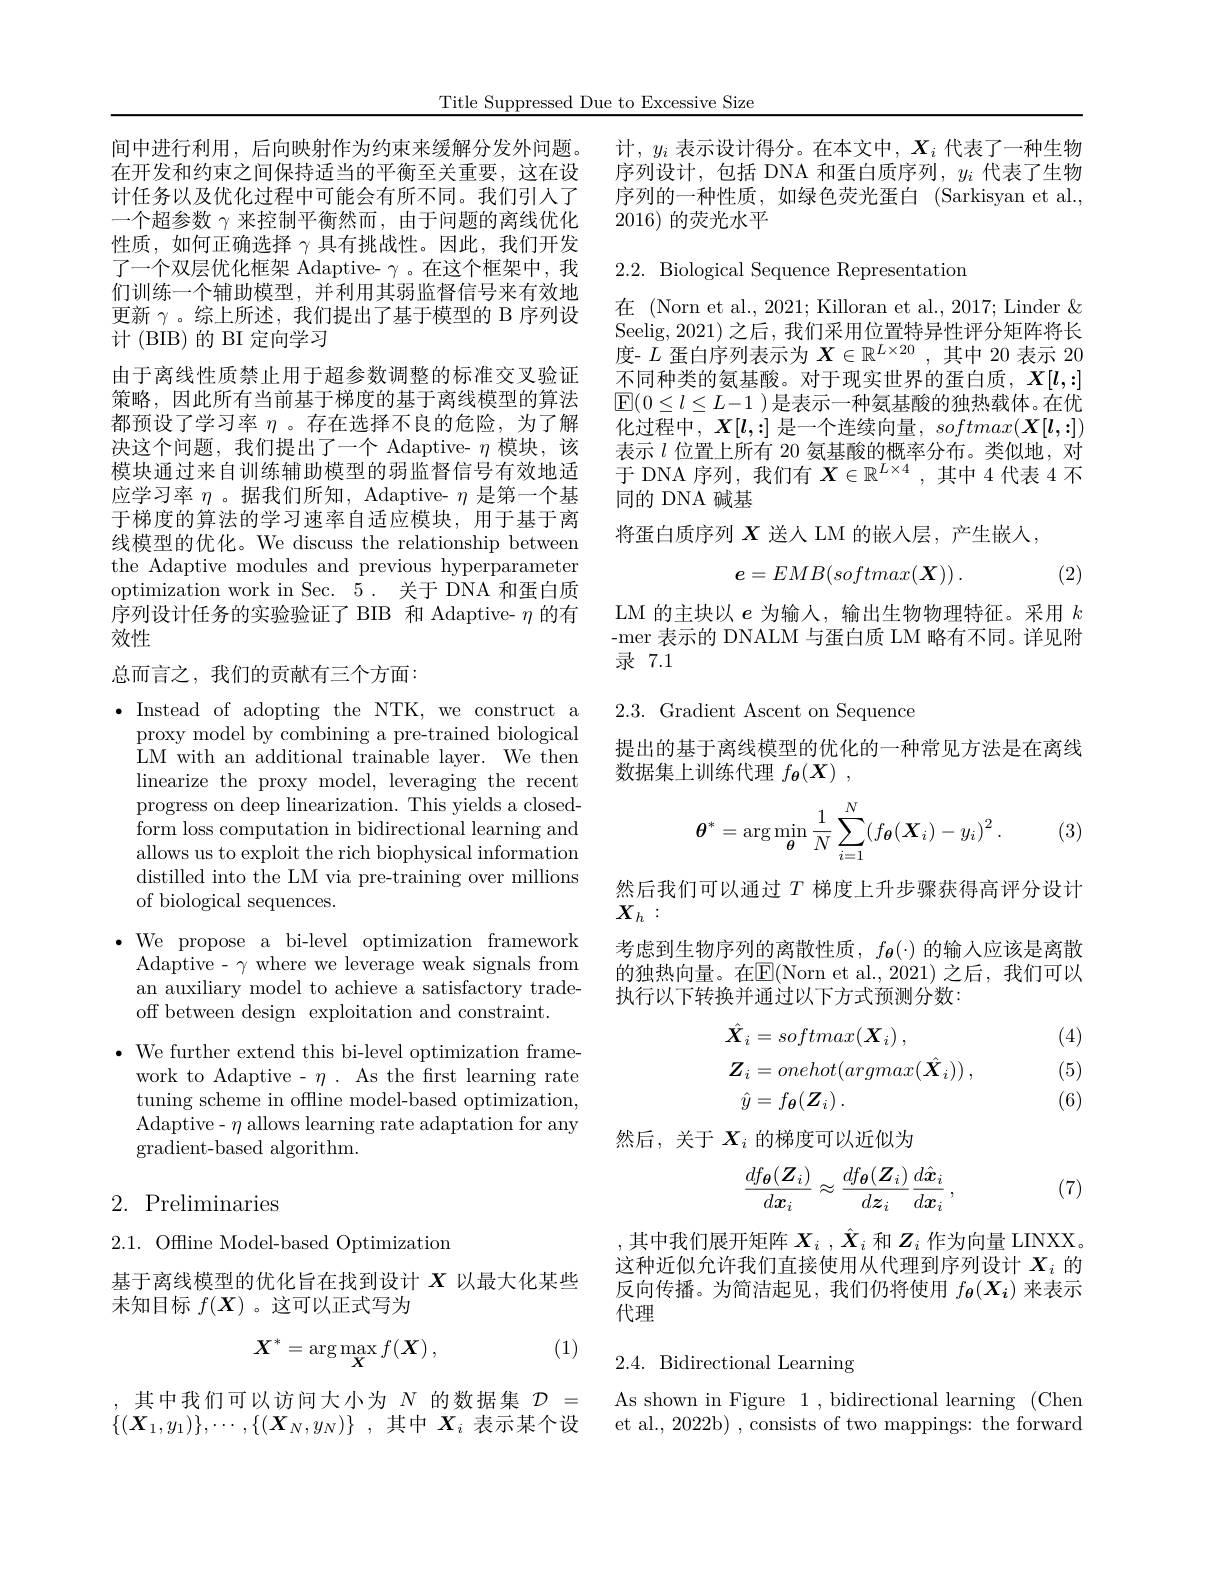
Title Suppressed Due to Excessive Size

间中进行利用，后向映射作为约束来缓解分发外问题。在开发和约束之间保持适当的平衡至关重要，这在设计任务以及优化过程中可能会有所不同。我们引入了一个超参数$\gamma$来控制平衡然而，由于问题的离线优化性质，如何正确选择$\gamma$具有挑战性。因此，我们开发了一个双层优化框架 Adaptive- $\gamma$。在这个框架中，我们训练一个辅助模型，并利用其弱监督信号来有效地更新$\gamma$。综上所述，我们提出了基于模型的 B 序列设计 (BIB) 的 BI 定向学习
由于离线性质禁止用于超参数调整的标准交叉验证策略，因此所有当前基于梯度的基于离线模型的算法都预设了学习率$\eta$ 。存在选择不良的危险，为了解决这个问题，我们提出了一个 Adaptive- $\eta$模块，该模块通过来自训练辅助模型的弱监督信号有效地适应学习率$\eta$ 。据我们所知，Adaptive- $\eta$是第一个基于梯度的算法的学习速率自适应模块，用于基于离线模型的优化。We discuss the relationship between the Adaptive modules and previous hyperparameter optimization work in Sec. 5. 关于 DNA 和蛋白质序列设计任务的实验验证了 BIB 和 Adaptive- $\eta$的有效性
总而言之，我们的贡献有三个方面：

$\bullet$ Instead of adopting the NTK, we construct a
proxy model by combining a pre-trained biological LM with an additional trainable layer. We then linearize the proxy model, leveraging the recent progress on deep linearization. This yields a closedform loss computation in bidirectional learning and allows us to exploit the rich biophysical information distilled into the LM via pre-training over millions of biological sequences.

$\cdot$ We propose a bi-level optimization framework
Adaptive- $\gamma$ where we leverage weak signals from an auxiliary model to achieve a satisfactory tradeoff between design exploitation and constraint.

$\bullet$ We further extend this bi-level optimization frame-
work to Adaptive - $\eta$ . As the frst learning rate tuning scheme in offline model-based optimization, Adaptive- $\eta$ allows learning rate adaptation for any ${\mathrm{gradient-based~algorithm.}}$

# 2. Preliminaries

2.1. Offline Model-based Optimization

基于离线模型的优化旨在找到设计$X$以最大化某些
未知目标$f(\boldsymbol{X})$ 。这可以正式写为

(1)
$$\boldsymbol{X}^{*}=\arg\max_{\boldsymbol{X}}f(\boldsymbol{X})\:,$$
,其中我们可以访问大小为$N$的数据集$\mathcal{D}=$ $\{ ( \boldsymbol{X}_1, y_1) \} , \cdots , \{ ( \boldsymbol{X}_N, y_N) \}$ ,其中 $X_i$ 表示某个设

计，$y_i$表示设计得分。在本文中，$X_i$代表了一种生物序列设计，包括 DNA 和蛋白质序列，$y_i$代表了生物序列的一种性质，如绿色荧光蛋白 (Sarkisyan et al., 2016)的荧光水平

$2.2.{\mathrm{~Biological~Sequence~Representation}}$

在 (Norn et al., 2021; Killoran et al., 2017; Linder & Seelig, 2021) 之后，我们采用位置特异性评分矩阵将长度- $L$蛋白序列表示为$X\in \mathbb{R} ^L\times 20$ , 其 中 20 表 示 20不同种类的氨基酸。对于现实世界的蛋白质，$X[l,:]$ $\mathbb{E}(0\leq l\leq L-1$ )是表示一种氨基酸的独热载体。在优化过程中，$X[l,:]$是一个连续向量，$softmax(\boldsymbol{X}[\boldsymbol{l},:])$ 表示$l$位置上所有 20 氨基酸的概率分布。类似地，对于 DNA 序列，我们有$X\in\mathbb{R}^L\times4$ ,其中 4 代表 4 不同的 DNA 碱基
将蛋白质序列$X$送人 LM 的嵌入层，产生嵌入，
$$\boldsymbol{e}=EMB(softmax(\boldsymbol{X}))\:.$$
(2)

LM 的主块以$e$为输入，输出生物物理特征。采用$k$ -mer 表示的 DNALM 与蛋白质 LM 略有不同。详见附录7.1

2.3. Gradient Ascent on Sequence

提出的基于离线模型的优化的一种常见方法是在离线
数据集上训练代理$f_{\boldsymbol{\theta }}( X)$ ,
$$\boldsymbol{\theta}^*=\arg\min_{\boldsymbol{\theta}}\frac{1}{N}\sum_{i=1}^{N}(f_{\boldsymbol{\theta}}(\boldsymbol{X}_i)-y_i)^2\:.$$
(3)

然后我们可以通过$T$ 梯度上升步骤获得高评分设计
$X_h:$
考虑到生物序列的离散性质，$f_{\boldsymbol{\theta}}(\cdot)$的输人应该是离散的独热向量。在$\mathbb{E}($Norn et al.,2021)之后，我们可以执行以下转换并通过以下方式预测分数：

(4)
$$\begin{aligned}\hat{\boldsymbol{X}}_{i}&=softmax(\boldsymbol{X}_{i})\:,\\\boldsymbol{Z}_{i}&=onehot(argmax(\hat{\boldsymbol{X}}_{i}))\:,\\\hat{y}&=f_{\boldsymbol{\theta}}(\boldsymbol{Z}_{i})\:.\end{aligned}$$
(5) (6)

然后，关于$X_i$的梯度可以近似为
$$\frac{df_{\boldsymbol{\theta}}(\boldsymbol{Z}_i)}{d\boldsymbol{x}_i}\approx\frac{df_{\boldsymbol{\theta}}(\boldsymbol{Z}_i)}{d\boldsymbol{z}_i}\frac{d\hat{\boldsymbol{x}}_i}{d\boldsymbol{x}_i}\:,$$
(7)

,其中我们展开矩阵$X_i,\hat{X}_i$和$Z_i$作为向量 LINXX。这种近似允许我们直接使用从代理到序列设计$X_i$的反向传播。为简洁起见，我们仍将使用$f_{\theta}(X_i)$来表示代理

# 2.4. Bidirectional Learning

As shown in Figure 1 , bidirectional learning (Chen et al., 2022b) , consists of two mappings: the forward